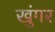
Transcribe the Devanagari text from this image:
खुंगर